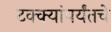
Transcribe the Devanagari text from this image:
टक्क्यांपर्यंतचे